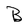
Character: B